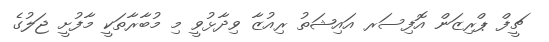
ޗީފް ޕްރިޒަން އޮފިސަރ އައިޝަތު ރިއުޒާ ވިދާޅުވީ މި މުބާރާތަކީ މާފުށީ ޖަލުގެ